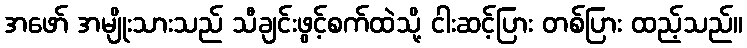
အဖော် အမျိုးသားသည် သီချင်းဖွင့်စက်ထဲသို့ ငါးဆင့်ပြား တစ်ပြား ထည့်သည်။